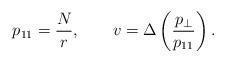
LaTeX: \begin{align*}p_{11} = \frac{N}{r}, \qquad v= \Delta \left(\frac{p_\perp}{p_{11}}\right).\end{align*}